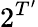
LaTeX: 2^{T^{\prime}}